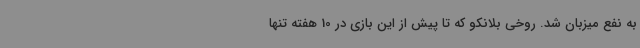
به نفع میزبان شد. روخی بلانکو که تا پیش از این بازی در 10 هفته تنها